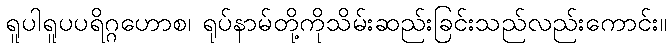
ရူပါရူပပရိဂ္ဂဟောစ၊ ရုပ်နာမ်တို့ကိုသိမ်းဆည်းခြင်းသည်လည်းကောင်း။